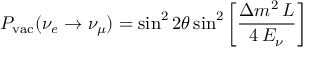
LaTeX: P _ { \mathrm { v a c } } ( \nu _ { e } \to \nu _ { \mu } ) = \sin ^ { 2 } 2 \theta \sin ^ { 2 } \left[ { \frac { \Delta m ^ { 2 } \, L } { 4 \, E _ { \nu } } } \right]